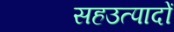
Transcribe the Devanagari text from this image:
सहउत्पादों